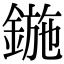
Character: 鍦